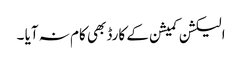
الیکشن کمیشن کے کارڈ بھی کام نہ آیا ۔